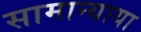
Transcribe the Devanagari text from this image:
सामान्याया